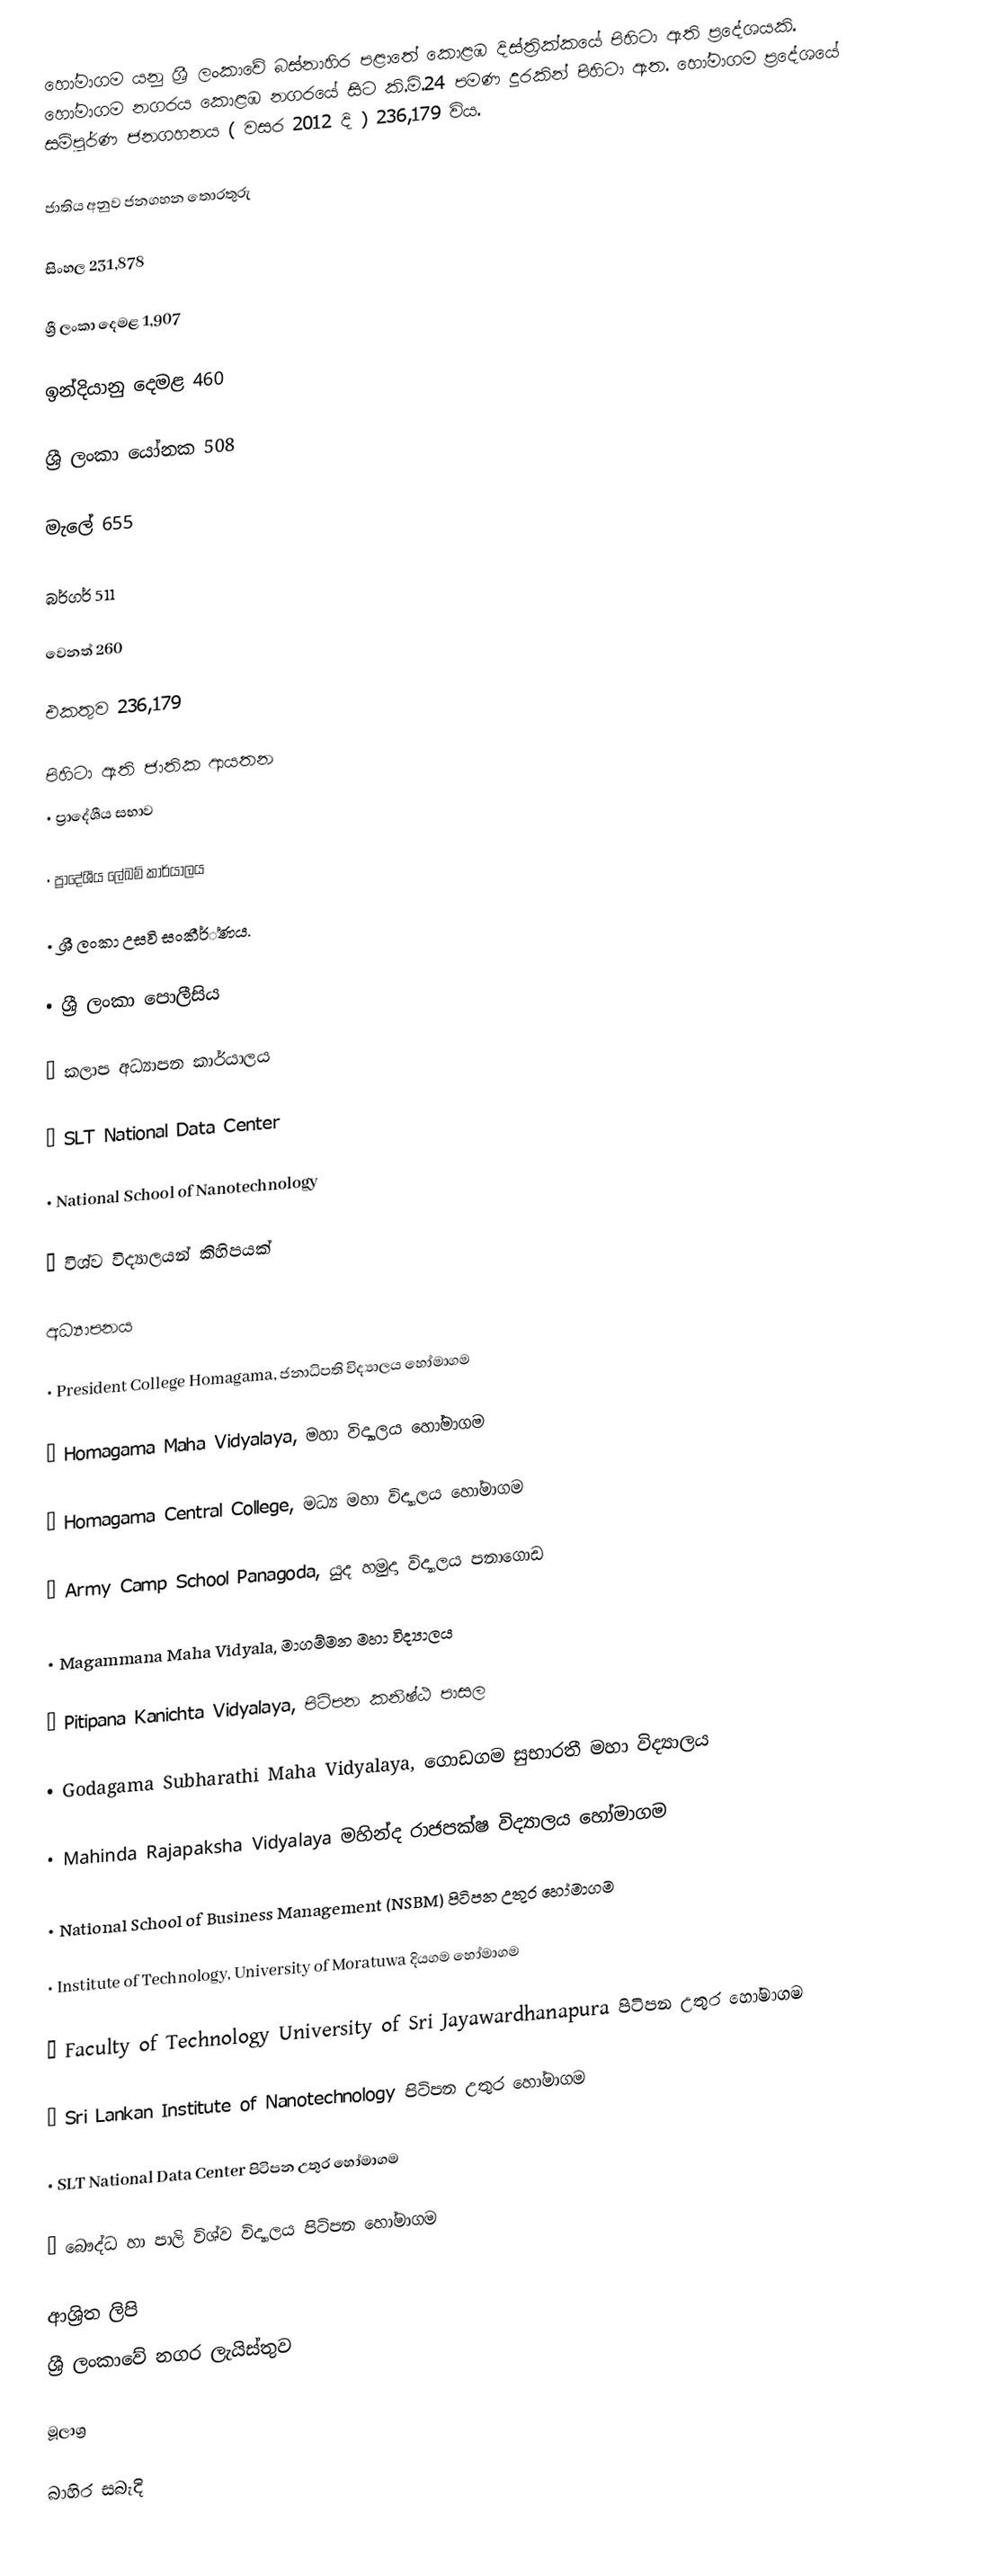
හෝමාගම යනු ශ්‍රී ලංකාවේ බස්නාහිර පළාතේ කොළඹ දිස්ත්‍රික්කයේ පිහිටා ඇති ප්‍රදේශයකි. හෝමාගම නගරය කොළඹ නගරයේ සිට කි.මි.24 පමණ දුරකින් පිහිටා ඇත. හෝමාගම ප්‍රදේශයේ සම්පූර්ණ ජනගහනය ( වසර 2012 දි ) 236,179 විය.

ජාතිය අනුව ජනගහන තොරතුරු

 සිංහල 231,878

ශ්‍රී ලංකා දෙමළ 1,907

ඉන්දියානු දෙමළ 460

ශ්‍රී ලංකා යෝනක 508

මැලේ 655

බර්ගර් 511

වෙනත් 260

එකතුව 236,179

පිහිටා ඇති ජාතික ආයතන
• ප්‍රාදේශීය සභාව

• ප්‍රාදේශීය ලේඛම් කාර්යාලය

• ශ්‍රී ලංකා උසවි සංකීර්්ණය.

• ශ්‍රී ලංකා පොලීසිය

• කලාප අධ්‍යාපන කාර්යාලය

• SLT National Data Center

• National School of Nanotechnology

• විශ්ව විද්‍යාලයන් කිහිපයක්

අධ්‍යාපනය

• President College Homagama,  ජනාධිපති විද්‍යාලය හෝමාගම

• Homagama Maha Vidyalaya, මහා විද්‍යාලය හෝමාගම

• Homagama Central College, මධ්‍ය මහා විද්‍යාලය හෝමාගම

• Army Camp School Panagoda, යුද හමුදා විද්‍යාලය පනාගොඩ

• Magammana Maha Vidyala, මාගම්මන මහා විද්‍යාලය

• Pitipana Kanichta Vidyalaya, පිටිපන කනිෂ්ඨ පාසල

• Godagama Subharathi Maha Vidyalaya, ගොඩගම සුභාරතී මහා විද්‍යාලය

• Mahinda Rajapaksha Vidyalaya මහින්ද රාජපක්ෂ විද්‍යාලය හෝමාගම

• National School of Business Management (NSBM) පිටිපන උතුර හෝමාගම

• Institute of Technology, University of Moratuwa දියගම හෝමාගම

• Faculty of Technology University of Sri Jayawardhanapura පිටිපන උතුර හෝමාගම

• Sri Lankan Institute of Nanotechnology පිටිපන උතුර හෝමාගම

• SLT National Data Center පිටිපන උතුර හෝමාගම

• බෞද්ධ හා පාලි විශ්ව විද්‍යාලය පිටිපන හෝමාගම

ආශ්‍රිත ලිපි
ශ්‍රී ලංකාවේ නගර ලැයිස්තුව

මූලාශ්‍ර

බාහිර සබැදි